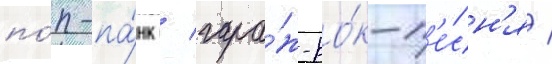
по́п-па́нк / гара́ж-ро́к-п'е́сн'я /